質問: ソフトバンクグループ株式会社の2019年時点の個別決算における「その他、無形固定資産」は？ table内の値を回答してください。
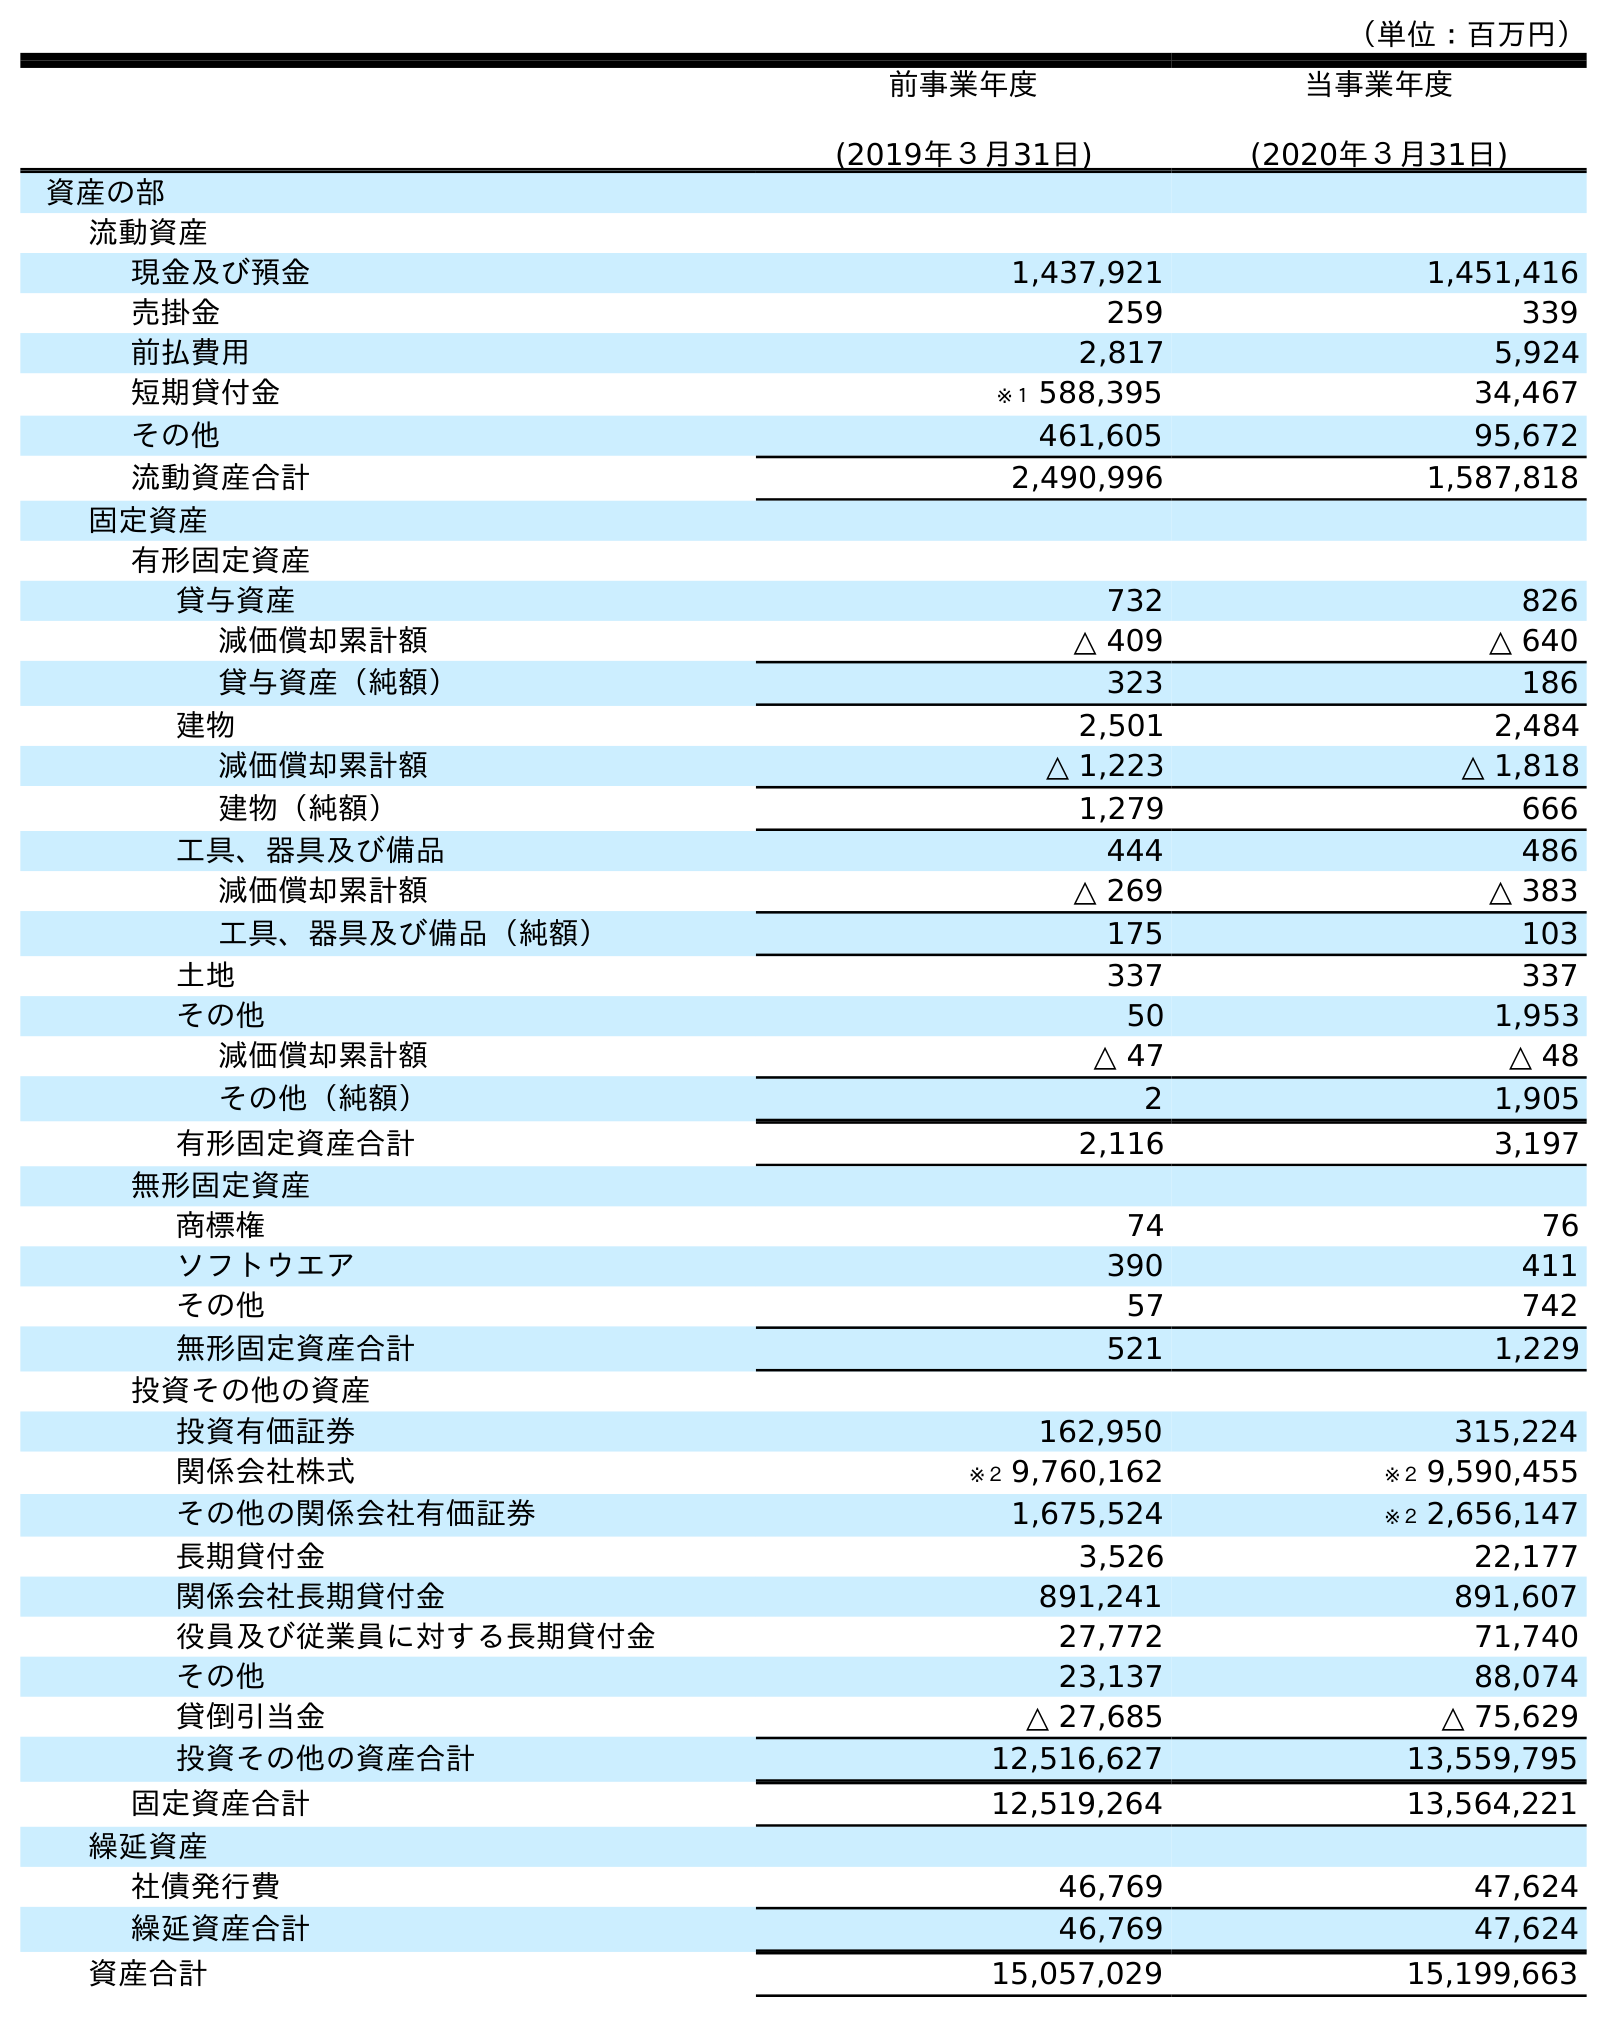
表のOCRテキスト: （単位：百万円） 前事業年度 (2019年３月31日) 当事業年度 (2020年３月31日) 資産の部 流動資産 現金及び預金 1,437,921 1,451,416 売掛金 259 339 前払費用 2,817 5,924 短期貸付金 ※１ 588,395 34,467 その他 461,605 95,672 流動資産合計 2,490,996 1,587,818 固定資産 有形固定資産 貸与資産 732 826 減価償却累計額 △ 409 △ 640 貸与資産（純額） 323 186 建物 2,501 2,484 減価償却累計額 △ 1,223 △ 1,818 建物（純額） 1,279 666 工具、器具及び備品 444 486 減価償却累計額 △ 269 △ 383 工具、器具及び備品（純額） 175 103 土地 337 337 その他 50 1,953 減価償却累計額 △ 47 △ 48 その他（純額） 2 1,905 有形固定資産合計 2,116 3,197 無形固定資産 商標権 74 76 ソフトウエア 390 411 その他 57 742 無形固定資産合計 521 1,229 投資その他の資産 投資有価証券 162,950 315,224 関係会社株式 ※２ 9,760,162 ※２ 9,590,455 その他の関係会社有価証券 1,675,524 ※２ 2,656,147 長期貸付金 3,526 22,177 関係会社長期貸付金 891,241 891,607 役員及び従業員に対する長期貸付金 27,772 71,740 その他 23,137 88,074 貸倒引当金 △ 27,685 △ 75,629 投資その他の資産合計 12,516,627 13,559,795 固定資産合計 12,519,264 13,564,221 繰延資産 社債発行費 46,769 47,624 繰延資産合計 46,769 47,624 資産合計 15,057,029 15,199,663
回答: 57